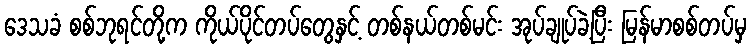
ဒေသခံ စစ်ဘုရင်တို့က ကိုယ်ပိုင်တပ်တွေနှင့် တစ်နယ်တစ်မင်း အုပ်ချုပ်ခဲ့ပြီး မြန်မာစစ်တပ်မှ